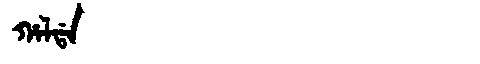
Manchu: ᡥᠠᠯᡩᠠ
Romanization: HALDA